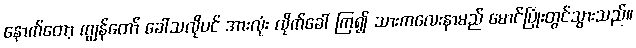
နောက်တော့ ကျွန်တော် ခေါ်သလိုပင် အားလုံး လိုက်ခေါ် ကြ၍ သားကလေးနာမည် မောင်ပြုံးတွင်သွားသည်။